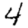
Digit: 4